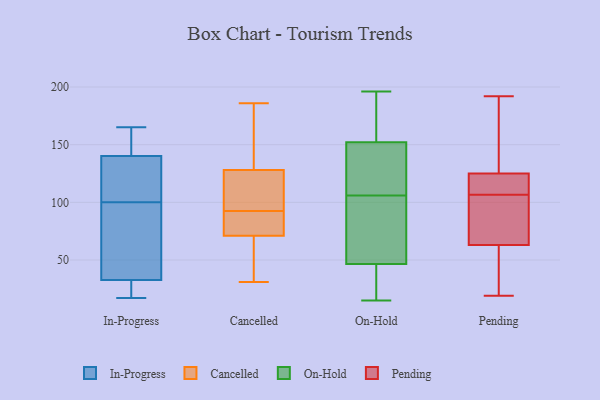
{"axis": {"x": "Revenue (USD Million)", "y": "Value"}, "legend": ["Cancelled", "In-Progress", "On-Hold", "Pending"], "data": [{"x": "", "y": 123, "type": "In-Progress"}, {"x": "", "y": 18, "type": "In-Progress"}, {"x": "", "y": 96, "type": "In-Progress"}, {"x": "", "y": 21, "type": "In-Progress"}, {"x": "", "y": 100, "type": "In-Progress"}, {"x": "", "y": 157, "type": "In-Progress"}, {"x": "", "y": 68, "type": "In-Progress"}, {"x": "", "y": 106, "type": "In-Progress"}, {"x": "", "y": 17, "type": "In-Progress"}, {"x": "", "y": 165, "type": "In-Progress"}, {"x": "", "y": 146, "type": "In-Progress"}, {"x": "", "y": 111, "type": "Cancelled"}, {"x": "", "y": 126, "type": "Cancelled"}, {"x": "", "y": 83, "type": "Cancelled"}, {"x": "", "y": 71, "type": "Cancelled"}, {"x": "", "y": 31, "type": "Cancelled"}, {"x": "", "y": 68, "type": "Cancelled"}, {"x": "", "y": 145, "type": "Cancelled"}, {"x": "", "y": 128, "type": "Cancelled"}, {"x": "", "y": 76, "type": "Cancelled"}, {"x": "", "y": 149, "type": "Cancelled"}, {"x": "", "y": 42, "type": "Cancelled"}, {"x": "", "y": 78, "type": "Cancelled"}, {"x": "", "y": 63, "type": "Cancelled"}, {"x": "", "y": 81, "type": "Cancelled"}, {"x": "", "y": 143, "type": "Cancelled"}, {"x": "", "y": 102, "type": "Cancelled"}, {"x": "", "y": 115, "type": "Cancelled"}, {"x": "", "y": 186, "type": "Cancelled"}, {"x": "", "y": 49, "type": "On-Hold"}, {"x": "", "y": 158, "type": "On-Hold"}, {"x": "", "y": 68, "type": "On-Hold"}, {"x": "", "y": 47, "type": "On-Hold"}, {"x": "", "y": 152, "type": "On-Hold"}, {"x": "", "y": 149, "type": "On-Hold"}, {"x": "", "y": 15, "type": "On-Hold"}, {"x": "", "y": 152, "type": "On-Hold"}, {"x": "", "y": 38, "type": "On-Hold"}, {"x": "", "y": 114, "type": "On-Hold"}, {"x": "", "y": 114, "type": "On-Hold"}, {"x": "", "y": 106, "type": "On-Hold"}, {"x": "", "y": 73, "type": "On-Hold"}, {"x": "", "y": 36, "type": "On-Hold"}, {"x": "", "y": 45, "type": "On-Hold"}, {"x": "", "y": 176, "type": "On-Hold"}, {"x": "", "y": 196, "type": "On-Hold"}, {"x": "", "y": 125, "type": "Pending"}, {"x": "", "y": 103, "type": "Pending"}, {"x": "", "y": 187, "type": "Pending"}, {"x": "", "y": 110, "type": "Pending"}, {"x": "", "y": 63, "type": "Pending"}, {"x": "", "y": 26, "type": "Pending"}, {"x": "", "y": 96, "type": "Pending"}, {"x": "", "y": 19, "type": "Pending"}, {"x": "", "y": 192, "type": "Pending"}, {"x": "", "y": 113, "type": "Pending"}, {"x": "", "y": 118, "type": "Pending"}, {"x": "", "y": 45, "type": "Pending"}, {"x": "", "y": 100, "type": "Pending"}, {"x": "", "y": 189, "type": "Pending"}]}